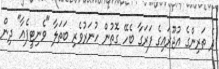
ދެ ތަރިންގެ އުޖޫރައިގެ ފަރަގާ ބެހޭ ގޮތުން ހުނަރުވެރި ބަތަލާ "ވެނިޓީފެއާ" ދިން